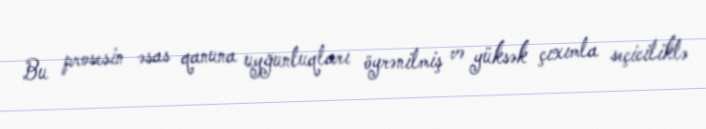
Bu prosesin əsas qanuna uyğunluqları öyrənilmiş və yüksək çıxımla seçiciliklə